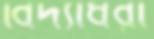
বিদ্যাধরী